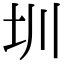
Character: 圳